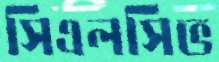
সিএলসিভ